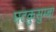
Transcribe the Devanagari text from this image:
घटकुसुम्बा